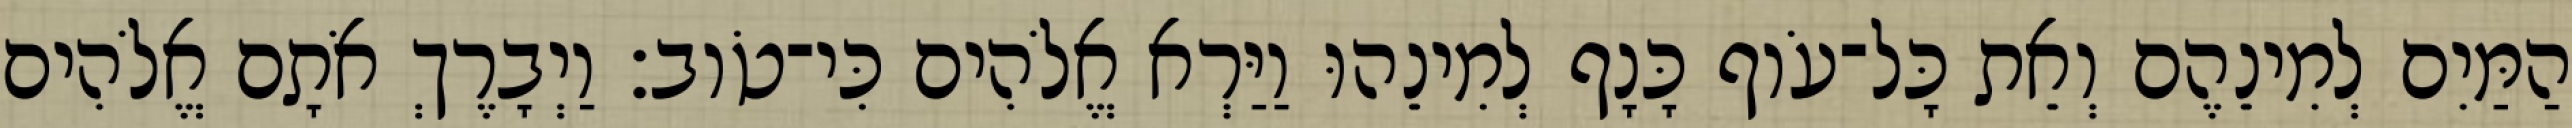
הַמַּיִם לְמִינֵהֶם וְאֵת כָּל־עֹוף כָּנָף לְמִינֵהוּ וַיַּרְא אֱלֹהִים כִּי־טֹוב׃ וַיְבָרֶךְ אֹתָם אֱלֹהִים